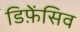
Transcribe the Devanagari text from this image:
डिफ़ेंसिव